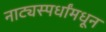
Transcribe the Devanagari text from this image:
नाट्यस्पर्धांमधून